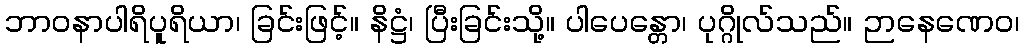
ဘာဝနာပါရိပူရိယာ၊ ခြင်းဖြင့်။ နိဋ္ဌံ၊ ပြီးခြင်းသို့။ ပါပေန္တော၊ ပုဂ္ဂိုလ်သည်။ ဉာနေဏေဝ၊